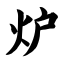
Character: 炉